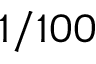
1 / 1 0 0